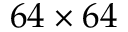
6 4 \times 6 4